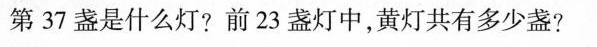
第37盏是什么灯?前23盏灯中，黄灯共有多少盏?